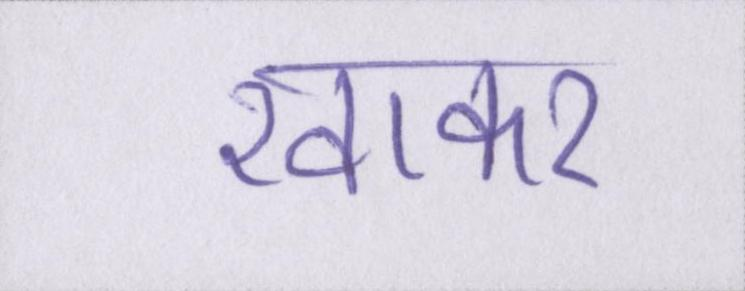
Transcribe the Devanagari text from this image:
खाकर